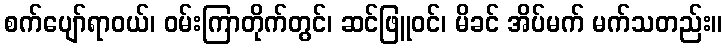
စက်ပျော်ရာဝယ်၊ ဝမ်းကြာတိုက်တွင်၊ ဆင်ဖြူဝင်၊ မိခင် အိပ်မက် မက်သတည်း။